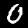
Digit: 0